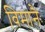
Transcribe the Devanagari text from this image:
विमानैः